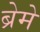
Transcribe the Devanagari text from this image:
ब्रेमे